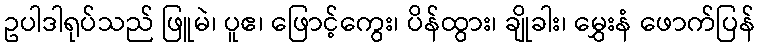
ဥပါဒါရုပ်သည် ဖြူမဲ၊ ပူဧ၊ ဖြောင့်ကွေး၊ ပိန်ထွား၊ ချိုခါး၊ မွှေးနံ ဖောက်ပြန်